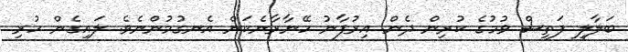
ބަލާލީ ފަތިސް ވުމުގެ ކުރިން ދެން އިރުފާނު ހޭނާރާނެކަން އެނގުމުންނެވެ. ލައިގެން ހުރި